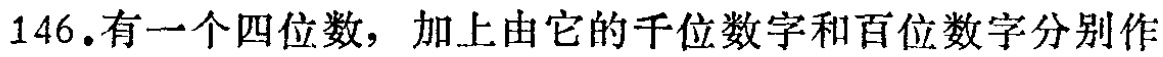
146.有一个四位数，加上由它的千位数字和百位数字分别作